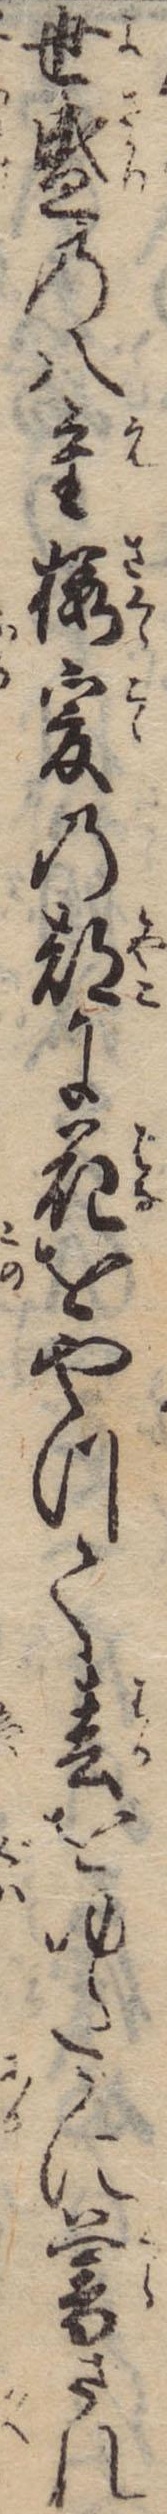
世盛の八重桜爰の都に花をやつて春をゆたかに暮され